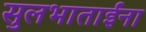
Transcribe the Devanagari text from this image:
सुलभाताईंना